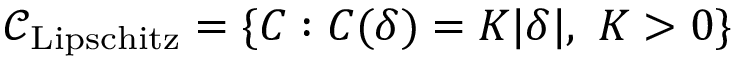
{ \mathcal { C } } _ { \mathrm { L i p s c h i t z } } = \{ C : C ( \delta ) = K | \delta | , \ K > 0 \}